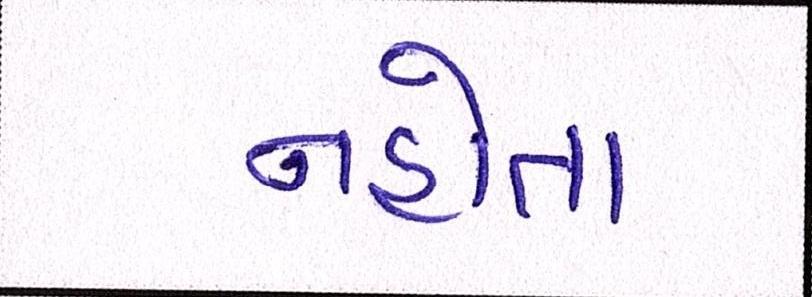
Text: નહોતા